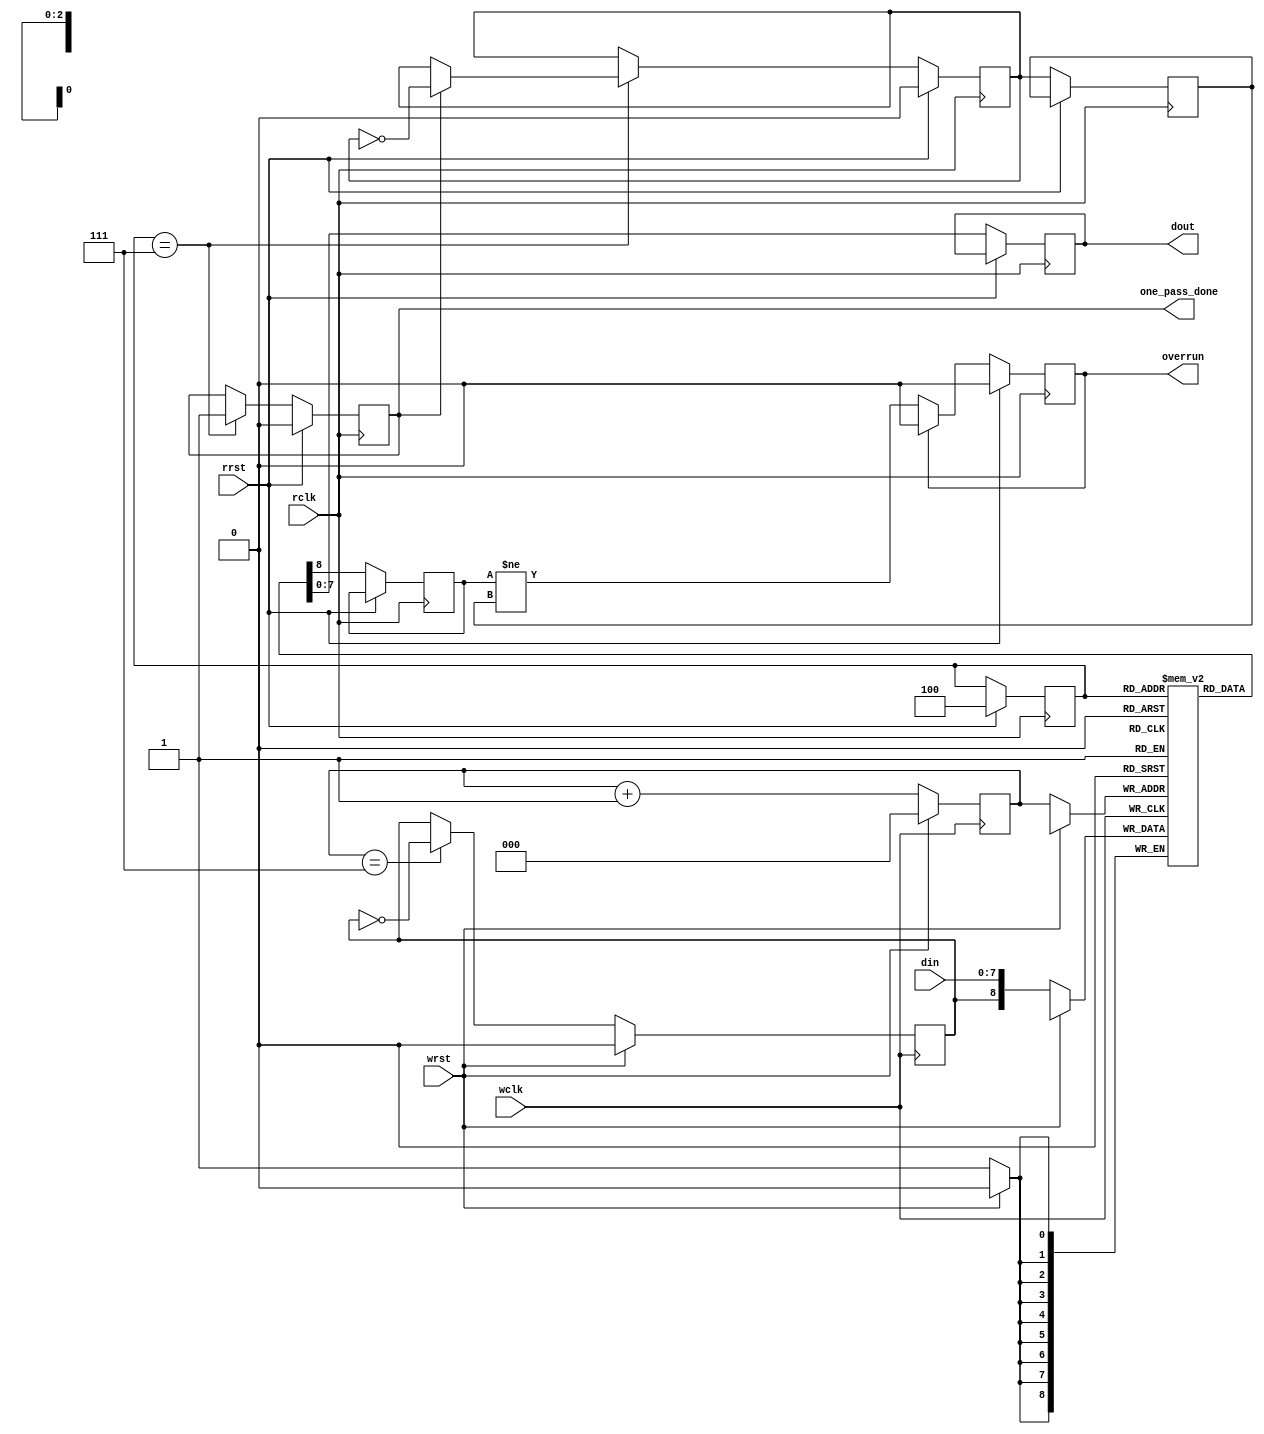
`timescale 1ns/1ns

module ringbuf(/*AUTOARG*/
   // Outputs
   one_pass_done, dout, overrun,
   // Inputs
   wclk, rclk, wrst, rrst, din
   );

   parameter dwidth = 8;

   parameter depth = 8;
   parameter log2_depth = 3;//dependent on depth
   parameter depth_1s = 3'b111;//dependent on depth
   parameter depth_halfway = 3'b100 ;//dependent on depth
   parameter depth_halfway_minus1 = 3'b011  ;//dependent on depth  
		       
   input wclk,rclk;
   input wrst,rrst;
   output one_pass_done;

   //if need valid bit, increase dwidth by 1
   input [dwidth-1:0] din;
   output [dwidth-1:0] dout;
   output 	       overrun ;

   reg [dwidth-1:0] dout;
   
   //Ring buf memory, add phase bit to detect over/under run
   reg [dwidth:0]    mem [0:depth-1];

   reg [log2_depth-1:0] wptr, rptr ;
   reg 			wphase, rphase;
   reg 			phase;

   //Reflects both wptr and rptr overrun
   reg 			overrun ;
   
   always @(posedge wclk)
     if ( wrst )
       begin
	  wptr <= 0;
	  wphase <= 0;
       end
     else
       begin
	  wptr <= wptr + 1;
	  if ( wptr == depth_1s )
	    wphase <= ~wphase;
	  mem[wptr] <= {wphase,din};
       end // else: !if( wrst )

   reg one_pass_done;

   reg rphase_d1 ;
   
   always @(posedge rclk)
     if ( rrst )
       begin
	  rptr <= depth_halfway ;
	  rphase <= 0;
	  overrun <= 0;
	  one_pass_done <= 0;
       end
     else
       begin
	  if ( rptr == depth_1s )
	    if ( ~one_pass_done )
	      one_pass_done <= 1;
	    else
	      rphase <= ~rphase;

	  rphase_d1 <= rphase ;
	  
	  {phase,dout} <= mem[rptr] ;

	  //Don't clear overrun,until rrst
	  if ( ~overrun)
 	    overrun <=  phase != rphase_d1 ;
	  else
	    overrun <= 0;

       end // else: !if( wrst )   

endmodule // ringbuf

`ifdef TEST
module tb;

   parameter dwidth = 8;
   

   /*AUTOREGINPUT*/
   // Beginning of automatic reg inputs (for undeclared instantiated-module inputs)
   reg [dwidth-1:0]	din;			// To dut of ringbuf.v
   reg			rrst;			// To dut of ringbuf.v
   reg			wclk;			// To dut of ringbuf.v
   reg			wrst;			// To dut of ringbuf.v
   // End of automatics
   /*AUTOWIRE*/
   // Beginning of automatic wires (for undeclared instantiated-module outputs)
   wire [dwidth-1:0]	dout;			// From dut of ringbuf.v
   wire			one_pass_done;		// From dut of ringbuf.v
   wire			overrun;		// From dut of ringbuf.v
   // End of automatics

   integer 		delay ;
   reg 			rclk_ideal ;
   
   initial
     begin
	$dumpvars;
	din = 0;
	rrst = 1;
	wrst = 1;
	wclk = 0;
	rclk_ideal = 1;
	delay = 1;
	#200;
	rrst =0;
	wrst =0;
	repeat (5000) @(posedge wclk);
	$finish;
     end // initial begin

   always #5 wclk = ~wclk ;
   always #4 rclk_ideal = ~rclk_ideal ;   

   wire rclk ;
   assign #(delay) rclk = rclk_ideal ;
   
   always @(posedge wclk)
     begin
	din <= din + 1;
	if ( din == 8'd255 )
	  delay = delay + 1;
	if ( delay == 5 )
	  delay = 1 ;
     end

   reg [dwidth-1:0] dout_prev,dout_compare;
   
   always @(posedge rclk)   
     begin
	dout_prev <= dout ;
	if ( one_pass_done )
	  begin
	     dout_compare = dout_prev + 1 ;
	     if ( dout_compare != dout )
	       $display($time,"::ERROR: data mismatch: dout=%x, dout_compare=%x",dout,dout_compare);
	  end
     end
	     
   ringbuf dut(/*AUTOINST*/
	       // Outputs
	       .one_pass_done		(one_pass_done),
	       .dout			(dout[dwidth-1:0]),
	       .overrun			(overrun),
	       // Inputs
	       .wclk			(wclk),
	       .rclk			(rclk),
	       .wrst			(wrst),
	       .rrst			(rrst),
	       .din			(din[dwidth-1:0]));

endmodule  // test
`endif //  `ifdef TEST